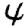
Digit: 4